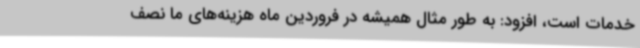
خدمات است، افزود: به طور مثال همیشه در فروردین ماه هزینه‌های ما نصف